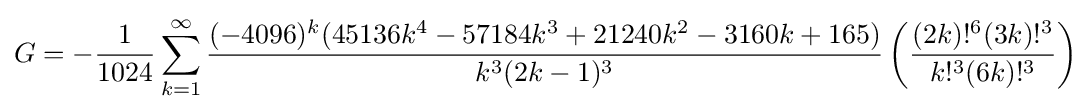
G=-{\frac {1}{1024}}\sum _{k=1}^{\infty }{\frac {(-4096)^{k}(45136k^{4}-57184k^{3}+21240k^{2}-3160k+165)}{k^{3}(2k-1)^{3}}}\left({\frac {(2k)!^{6}(3k)!^{3}}{k!^{3}(6k)!^{3}}}\right)